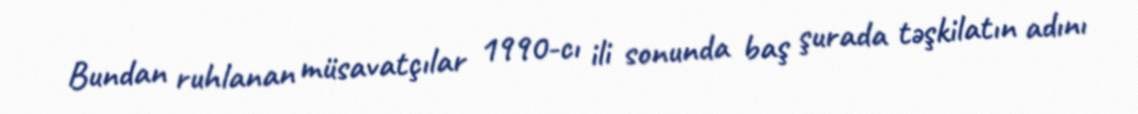
Bundan ruhlanan müsavatçılar 1990-cı ili sonunda baş şurada təşkilatın adını